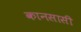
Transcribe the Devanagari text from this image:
कानसासी